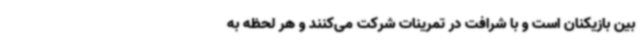
بین بازیکنان است و با شرافت در تمرینات شرکت می‌کنند و هر لحظه به